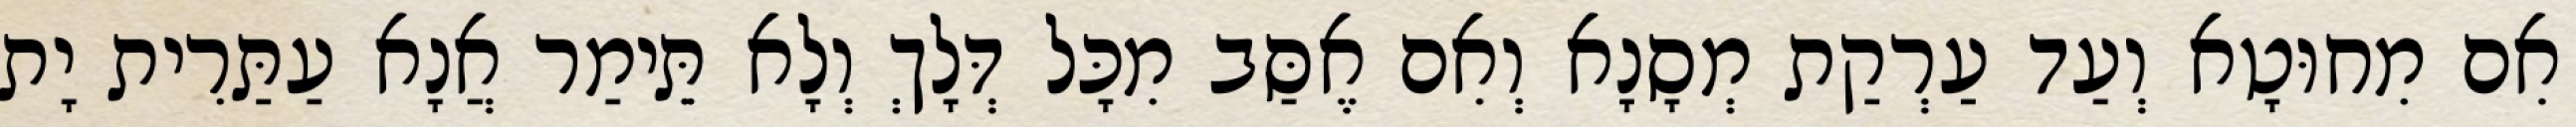
אִם מִחוּטָא וְעַד עַרְקַת מְסָנָא וְאִם אֶסַּב מִכָּל דְּלָךְ וְלָא תֵּימַר אֲנָא עַתַּרִית יָת